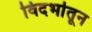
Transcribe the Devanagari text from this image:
विदर्भातून